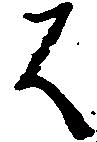
は